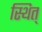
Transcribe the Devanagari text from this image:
स्थित्